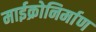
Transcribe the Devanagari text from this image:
माईक्रोनिर्माण